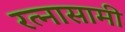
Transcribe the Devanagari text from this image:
रत्नासामी